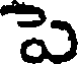
పె